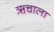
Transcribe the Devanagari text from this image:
ऋचाला